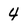
Character: 4